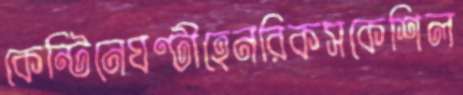
কেন্টিনেঘণ্টীহেনরিকসকেশিল